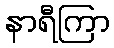
နာရီကြာ